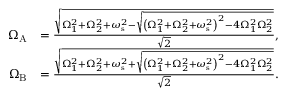
\begin{array} { r l } { \Omega _ { \mathrm { A } } } & { = \frac { \sqrt { \Omega _ { 1 } ^ { 2 } + \Omega _ { 2 } ^ { 2 } + \omega _ { \mathrm { s } } ^ { 2 } - \sqrt { \left( \Omega _ { 1 } ^ { 2 } + \Omega _ { 2 } ^ { 2 } + \omega _ { \mathrm { s } } ^ { 2 } \right) ^ { 2 } - 4 \Omega _ { 1 } ^ { 2 } \Omega _ { 2 } ^ { 2 } } } } { \sqrt { 2 } } , } \\ { \Omega _ { \mathrm { B } } } & { = \frac { \sqrt { \Omega _ { 1 } ^ { 2 } + \Omega _ { 2 } ^ { 2 } + \omega _ { \mathrm { s } } ^ { 2 } + \sqrt { \left( \Omega _ { 1 } ^ { 2 } + \Omega _ { 2 } ^ { 2 } + \omega _ { \mathrm { s } } ^ { 2 } \right) ^ { 2 } - 4 \Omega _ { 1 } ^ { 2 } \Omega _ { 2 } ^ { 2 } } } } { \sqrt { 2 } } . } \end{array}